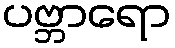
ပဗ္ဘာရော